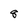
Character: 8